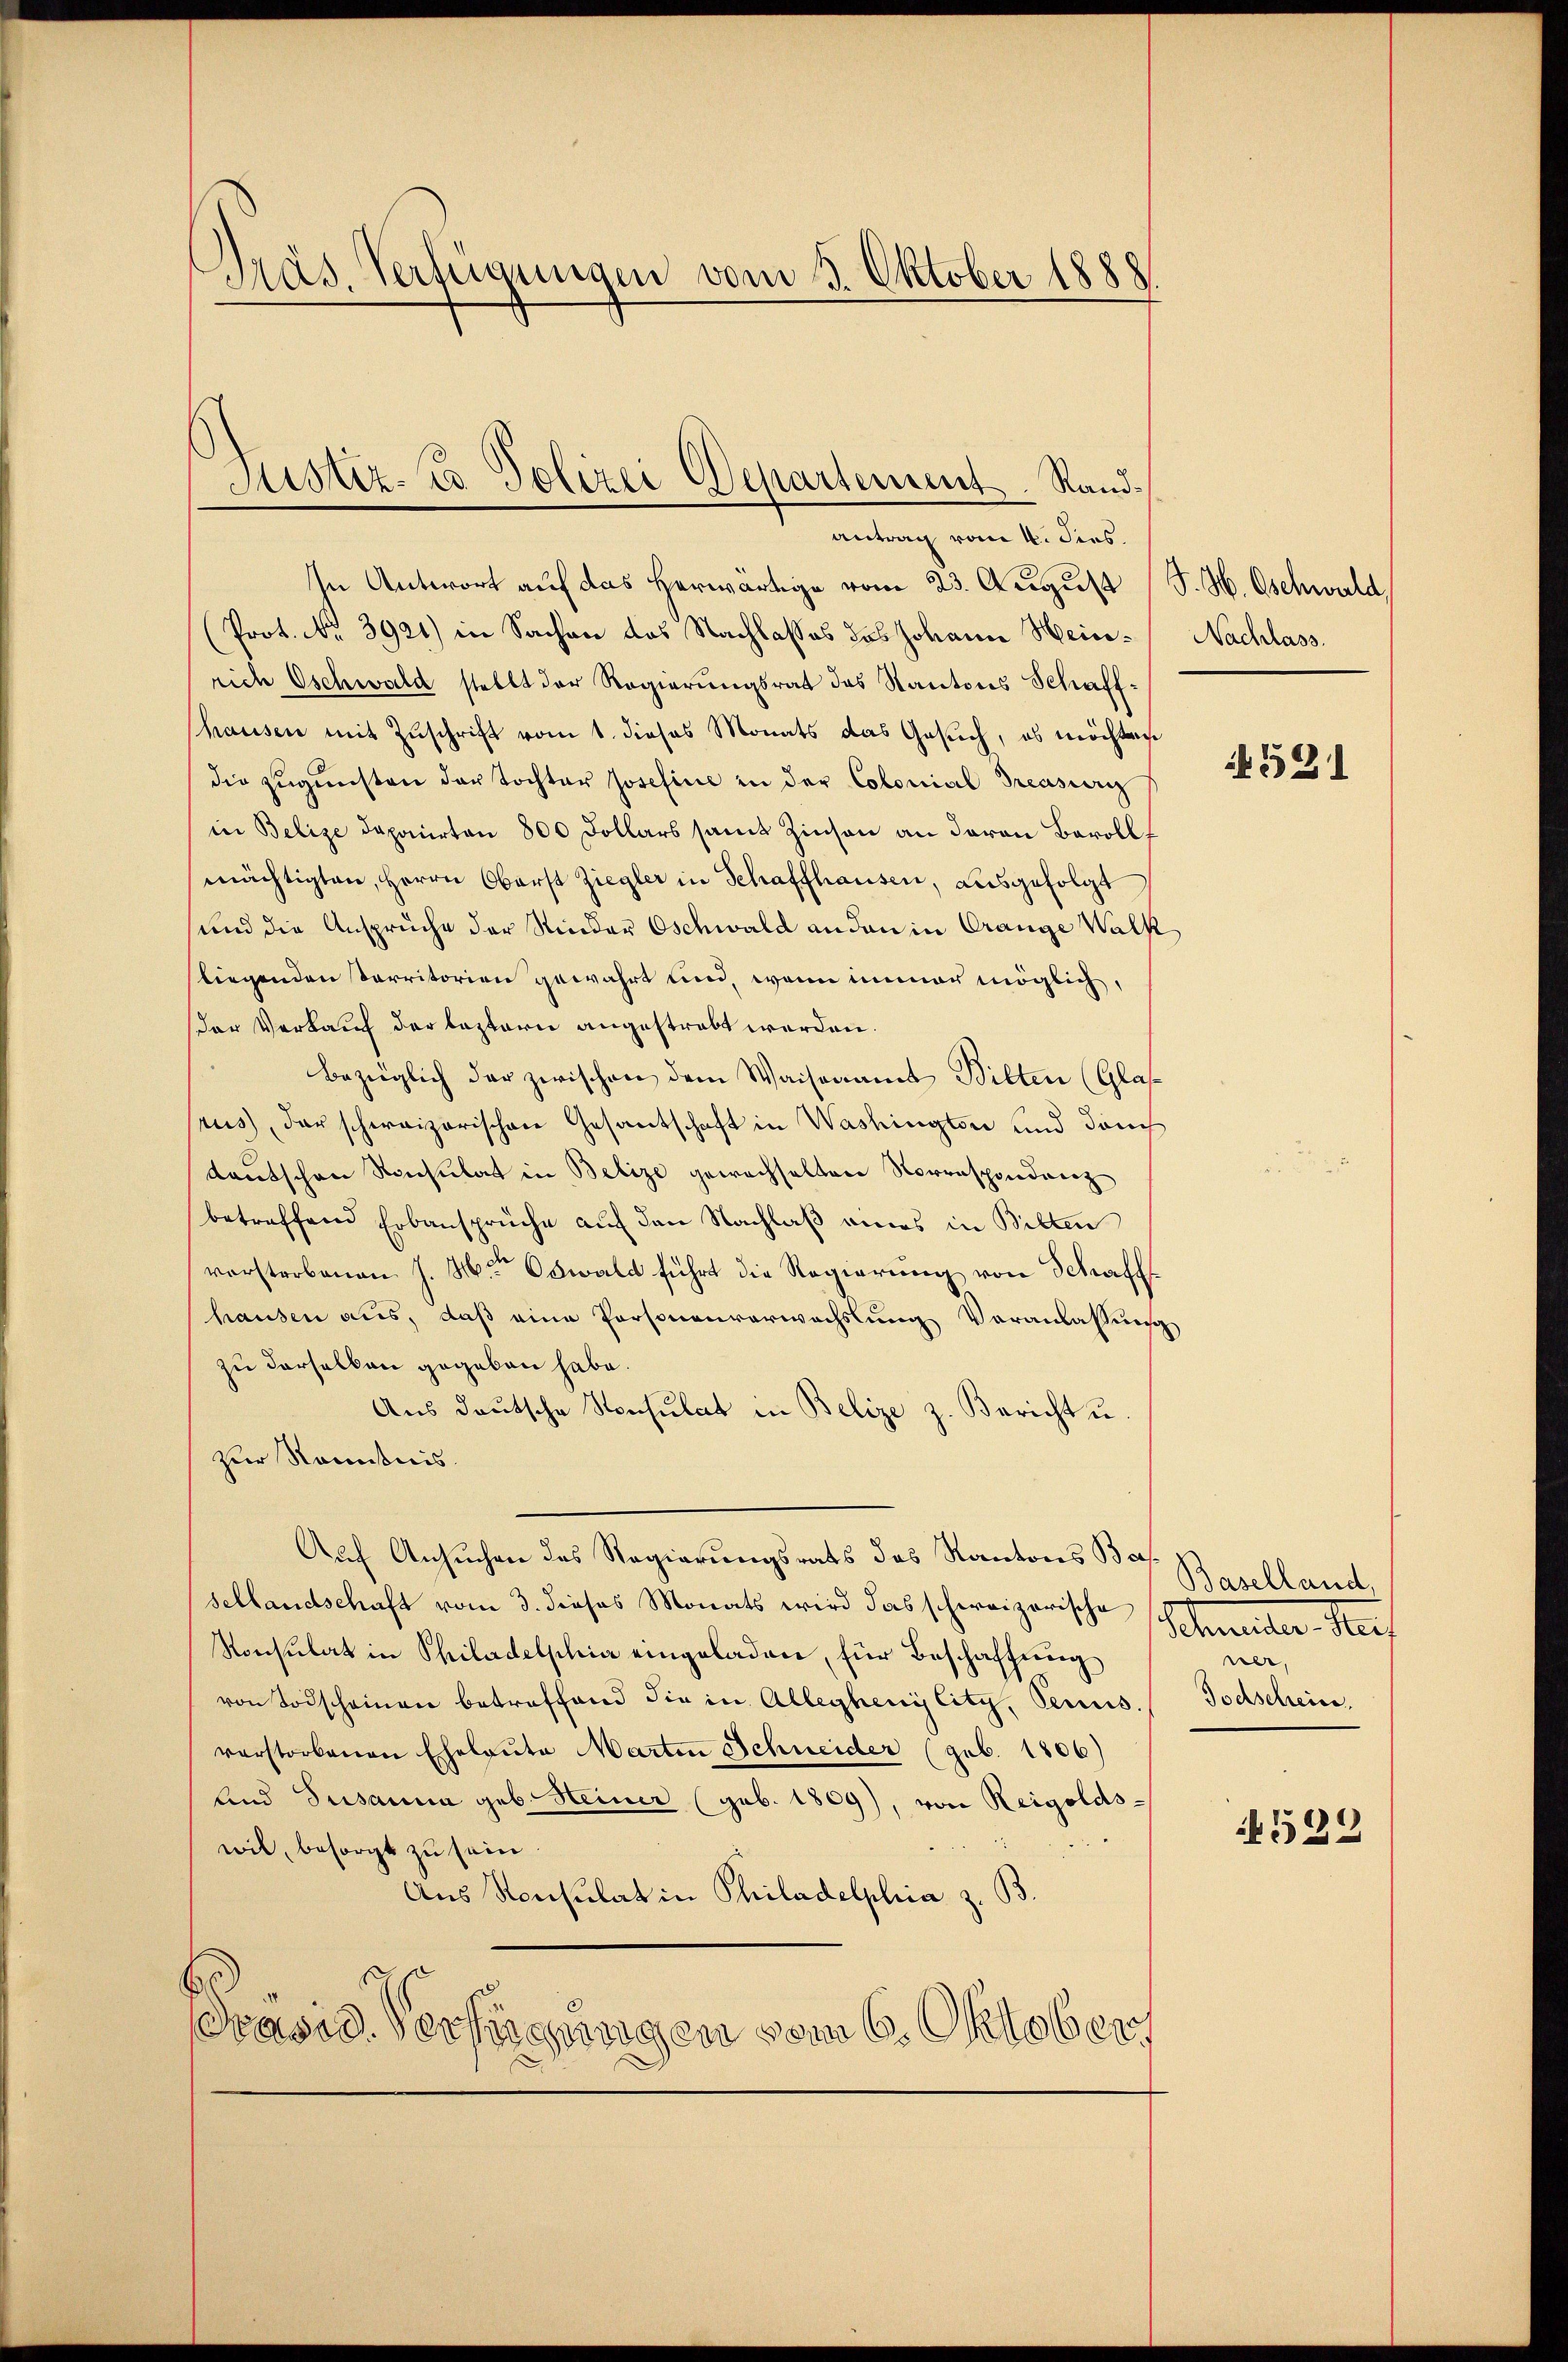
Präs. Verfügungen vom 5. Oktober 1888

In Antwort auf das herwärtige vom 23. August (S. H. Gschwald
(Prot. No. 3921) in Sachen das Nachlasses das Johann Hein- Nachlass.
rich Oschwald stellt der Regierungsrat das Kantons Schaffhausen mit Zuschrift vom 1. dieses Monats das Gesuch, es möchten
die zugunsten der Tochter Josefinie in der Colonial Pression
in Belize deponirten 800 Dollars samt Zinsen an davon Beroll
mächtigten, Herrn Oberst Ziegler in Schaffhausen, ausgefolgt
sund die Anspruche der Rinder Oschwald anden in Crange Walk
fliegenden Parritorien gewährt und, wenn immer möglich,
der Verkauf der leztern angestrebt werden.
bezüglich der zwischen dem Waisenamt Bilten (Glas
srus, das schweizerischen Gesantschaft in Washington und durch
kentschen Ronsulat in Belize gewachselten Vorrespondenz
betreffend Erbansprüche auf den Nachlaß eines in Bilten
vorsterbenen J. H. Oswald führt die Regierung von Schaff-
hausen aus, daß eine Personenverwachslung Veranlassung
zu derselben gegeben habe.
Aus deutsche Konsulat in Belize z. Bericht u.
zur Kenntnis.
Auf Ansuchen des Regierungsrats des Kantons Bassellandschaft vom 3. dieses Monats wird das schweizerische Schmeider-Steif
Konsulat in Philadelphia eingeladen, für Beschaffung
von Todscheinen betreffend die in Alleghenglitz, Genus. Todschein,
verstorbenen Eheleute Martin Schneider (geb. 1806)
und Susanna geb. Heiner (geb. 1809), von Reigoldswil, besorgt zu sein.
Aus Konsulat in Philadelphia z. B.
Präsid. Verfügungen vom 6. Oktober

Justiz-Co Polizei Departement.   Randantrag vom 4. dies.

531

Baselland,
ner,

1522